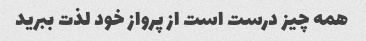
همه چیز درست است از پرواز خود لذت ببرید